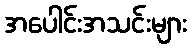
အပေါင်းအသင်းများ